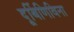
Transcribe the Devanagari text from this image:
दूर्बिणिविना